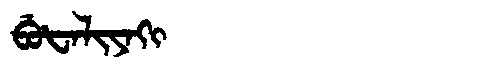
Manchu: ᠪᡠᡶᠠᠯᡳᠶᠠᡴᡳ
Romanization: BUFALIYAKI